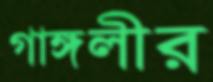
গাঙ্গলীর